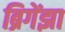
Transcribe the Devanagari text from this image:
ब्रिगेंझा